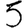
Digit: 5